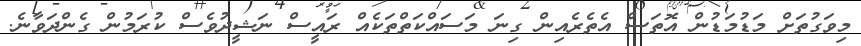
މިވަގުތަށް މަޑުމަޑުން އޮތަސް އެތެރެއިން ގިނަ މަސައްކަތްތަކެއް ރައީސް ނަޝީދުވެސް ކުރަމުން ގެންދަވާނެ.